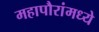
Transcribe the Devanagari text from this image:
महापौरांमध्ये